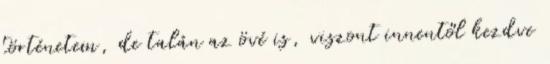
történetem, de talán az övé is, viszont innentől kezdve